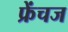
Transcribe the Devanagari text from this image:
फ्रेंचज